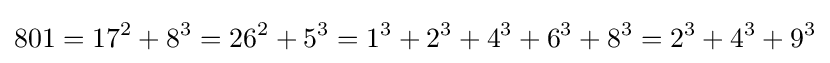
801=17^{2}+8^{3}=26^{2}+5^{3}=1^{3}+2^{3}+4^{3}+6^{3}+8^{3}=2^{3}+4^{3}+9^{3}